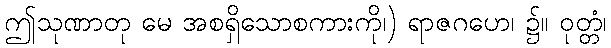
ဤသုဏာတု မေ အစရှိသောစကားကို၊) ရာဇဂဟေ၊ ၌။ ဝုတ္တံ၊